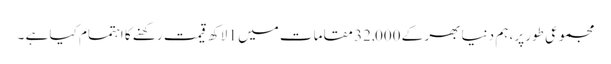
مجموعی طور پر، ہم دنیا بھر کے 32,000 مقامات میں 1 لاکھ قیمت رکھنے کا اہتمام کیا ہے ۔